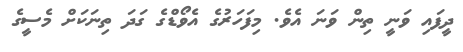
ދީފައި ވަނީ ތިން ވަނަ އެވެ. މިފަހަރުގެ އެވޯޑްގެ ގަދަ ތިނަކަށް މެސީގެ